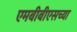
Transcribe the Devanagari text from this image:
एमबीबीएसच्या